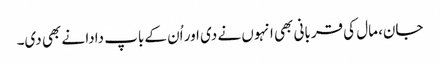
جان، مال کی قربانی بھی انہوں نے دی اور اُن کے باپ دادا نے بھی دی۔